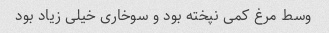
وسط مرغ کمی نپخته بود و سوخاری خیلی زیاد بود